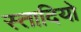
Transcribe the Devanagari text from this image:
स्तादियो